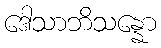
ဒေါသာဘိသန္နော